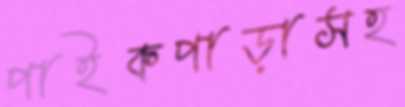
পাইকপাড়াসহ